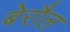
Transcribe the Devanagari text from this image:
बेरौल